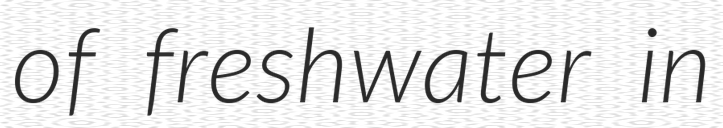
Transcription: of freshwater in